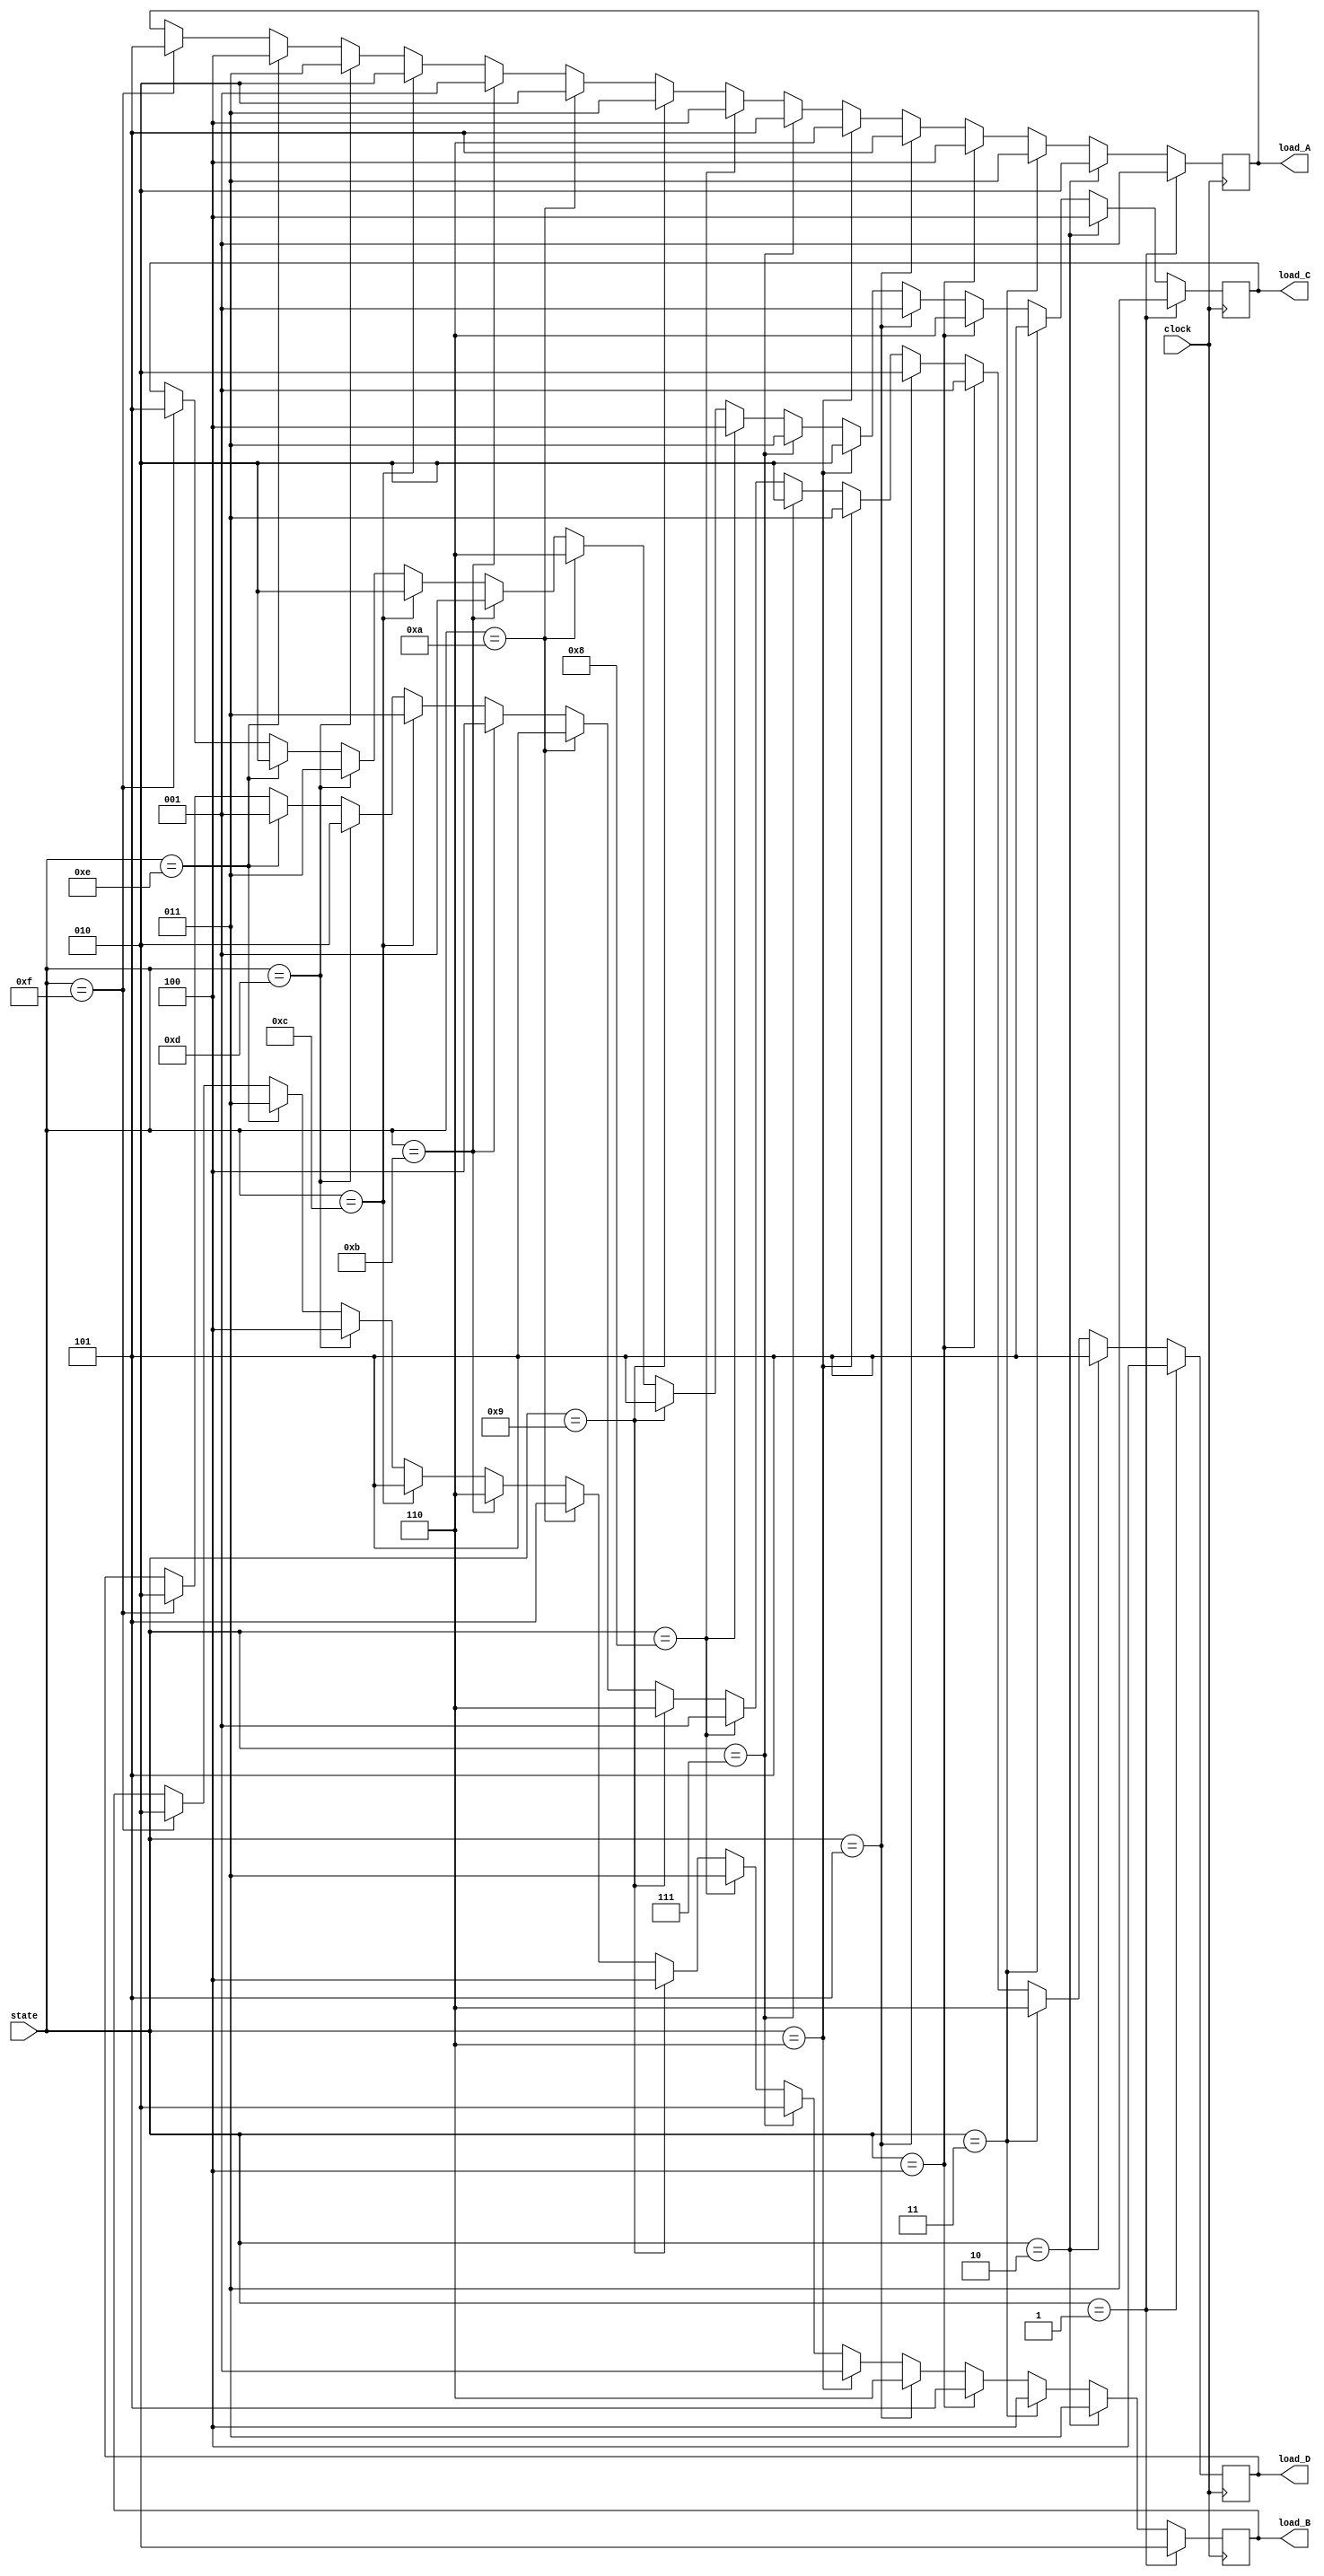


module pattern(input clock, input [3:0] state,
					  output reg [2:0] load_A,
					  output reg [2:0] load_B,
					  output reg [2:0] load_C,
					  output reg [2:0] load_D);
	
	always @(posedge clock) begin
	  if(state == 1) begin
			load_A <= 1;
			load_B <= 2;
			load_C <= 3;
			load_D <= 4;
		end
		else if(state == 2) begin
			load_A <= 2;
			load_B <= 3;
			load_C <= 4;
			load_D <= 5;
		end
		else if(state == 3) begin
			load_A <= 3;
			load_B <= 4;
			load_C <= 5;
			load_D <= 6;
		end
		else if(state == 4) begin
			load_A <= 4;
			load_B <= 5;
			load_C <= 6;
			load_D <= 1;
		end
		else if(state == 5) begin
			load_A <= 5;
			load_B <= 6;
			load_C <= 1;
			load_D <= 2;
		end
		else if(state == 6) begin
			load_A <= 6;
			load_B <= 1;
			load_C <= 2;
			load_D <= 3;
		end
		else if(state == 7) begin
			load_A <= 5;
			load_B <= 2;
			load_C <= 3;
			load_D <= 2;
		end
		else if(state == 8) begin
			load_A <= 4;
			load_B <= 3;
			load_C <= 4;
			load_D <= 1;
		end
		else if(state == 9) begin
			load_A <= 3;
			load_B <= 4;
			load_C <= 5;
			load_D <= 6;
		end
		else if(state == 10) begin
			load_A <= 2;
			load_B <= 5;
			load_C <= 6;
			load_D <= 5;
		end
		else if(state == 11) begin
			load_A <= 1;
			load_B <= 6;
			load_C <= 1;
			load_D <= 4;
		end
		else if(state == 12) begin
			load_A <= 2;
			load_B <= 5;
			load_C <= 2;
			load_D <= 3;
		end
		else if(state == 13) begin
			load_A <= 3;
			load_B <= 4;
			load_C <= 3;
			load_D <= 2;
		end
		else if(state == 14) begin
			load_A <= 4;
			load_B <= 3;
			load_C <= 2;
			load_D <= 1;
		end
		else if(state == 15) begin
			load_A <= 5;
			load_B <= 2;
			load_C <= 5;
			load_D <= 2;
		end
		else if(state == 16) begin
			load_A <= 6;
			load_B <= 1;
			load_C <= 6;
			load_D <= 3;
		end
	
	end


endmodule

module patterndatapath(input [2:0] load_A, input [2:0] load_B, input [2:0] load_C, input [2:0] load_D,
							  output reg [9:0] columnA,
							  output reg [9:0] columnB,
							  output reg [9:0] columnC,
							  output reg [9:0] columnD);
	reg [9:0] pattern0 = 10'b0000000000;
	reg [9:0] pattern1 = 10'b0000000010;
	reg [9:0] pattern2 = 10'b1000000000;
	reg [9:0] pattern3 = 10'b1100000000;
	reg [9:0] pattern4 = 10'b1110000000;
	reg [9:0] pattern5 = 10'b1101000000;
	reg [9:0] pattern6 = 10'b1111000000;
	
	always @(*) begin
	   if(load_A == 1)
			columnA <= pattern1;
		else if(load_A == 2)
			columnA <= pattern2;
		else if(load_A == 3)
			columnA <= pattern3;
		else if(load_A == 4)
			columnA <= pattern4;
		else if(load_A == 5)
			columnA <= pattern5;
		else if(load_A == 6)
			columnA <= pattern6;
		else 
			columnA <= pattern0;
	end
	always @(*) begin
		if(load_B == 1)
			columnB <= pattern1;
		else if(load_B == 2)
			columnB <= pattern2;
		else if(load_B == 3)
			columnB <= pattern3;
		else if(load_B == 4)
			columnB <= pattern4;
		else if(load_B == 5)
			columnB <= pattern5;
		else if(load_B == 6)
			columnB <= pattern6;
		else 
			columnB <= pattern0;
	end
	always @(*) begin
		if(load_C == 1)
			columnC<= pattern1;
		else if(load_C == 2)
			columnC <= pattern2;
		else if(load_C == 3)
			columnC <= pattern3;
		else if(load_C== 4)
			columnC <= pattern4;
		else if(load_C == 5)
			columnC <= pattern5;
		else if(load_D == 6)
			columnC <= pattern6;
		else 
			columnC <= pattern0;
	end
	always @(*) begin
		if(load_D == 1)
			columnD <= pattern1;
		else if(load_D == 2)
			columnD <= pattern2;
		else if(load_D == 3)
			columnD <= pattern3;
		else if(load_D == 4)
			columnD <= pattern4;
		else if(load_D == 5)
			columnD <= pattern5;
		else if(load_D == 6)
			columnD <= pattern6;
		else 
			columnD <= pattern0;
	end
	
endmodule